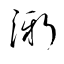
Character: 澵